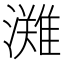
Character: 𭳊